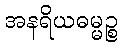
အနရိယဓမ္မဉ္စ